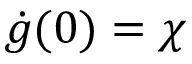
{ \dot { g } } ( 0 ) = \chi